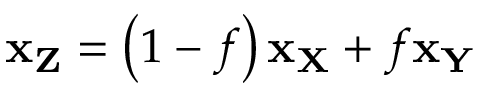
\mathbf { x } _ { \mathbf { Z } } = \left( 1 - f \right) \mathbf { x } _ { \mathbf { X } } + f \mathbf { x } _ { \mathbf { Y } }